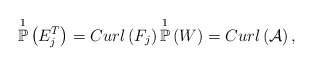
\begin{align*}\overset{1}{\mathbb{P}}\left( E^{T}_j\right) = Curl\left( F_{j} \right) \overset{1}{\mathbb{P}}\left( W \right) = Curl\left( \mathcal{A} \right),\end{align*}